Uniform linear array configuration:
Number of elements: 4
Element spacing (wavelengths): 0.75
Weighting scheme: uniform
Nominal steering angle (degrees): -60
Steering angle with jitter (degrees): -61.707
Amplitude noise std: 0.05
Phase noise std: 0.05

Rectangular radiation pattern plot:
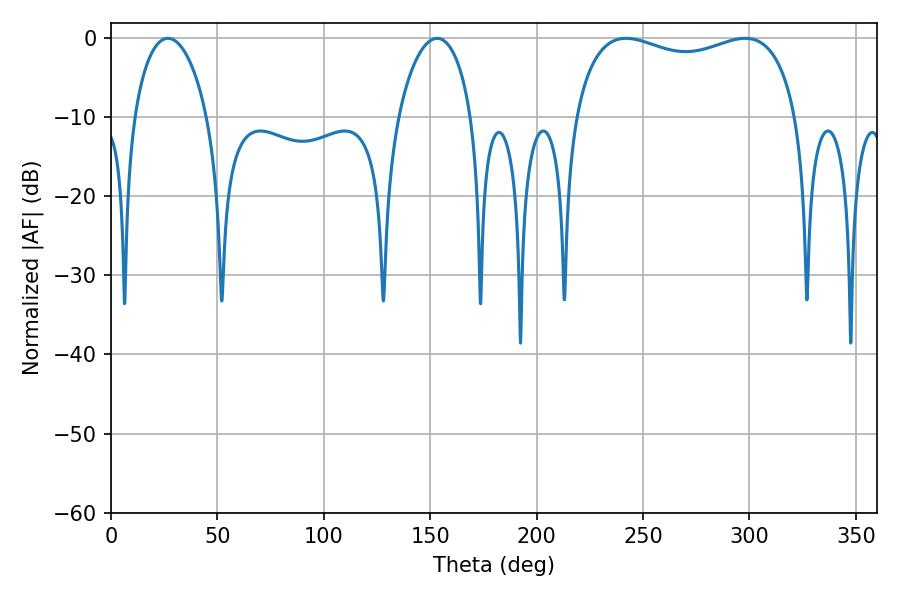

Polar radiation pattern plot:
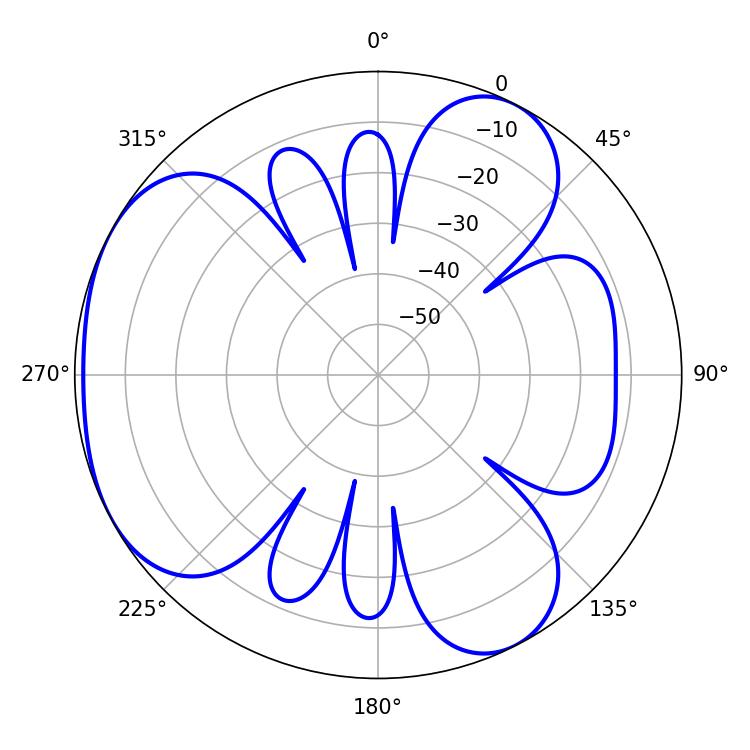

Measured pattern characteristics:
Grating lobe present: TRUE
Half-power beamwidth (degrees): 86.04
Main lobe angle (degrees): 242.1